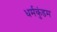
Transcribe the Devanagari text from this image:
धर्मकुंडम